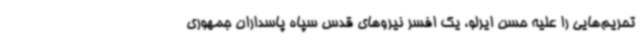
تحریم‌هایی را علیه حسن ایرلو، یک افسر نیروهای قدس سپاه پاسداران جمهوری